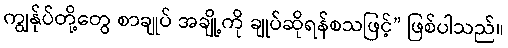
ကျွန်ုပ်တို့တွေ စာချုပ် အချို့ကို ချုပ်ဆိုရန်စသဖြင့်” ဖြစ်ပါသည်။